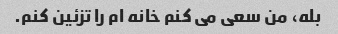
بله، من سعی می کنم خانه ام را تزئین کنم.